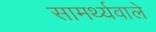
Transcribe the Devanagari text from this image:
सामर्थ्यवाले